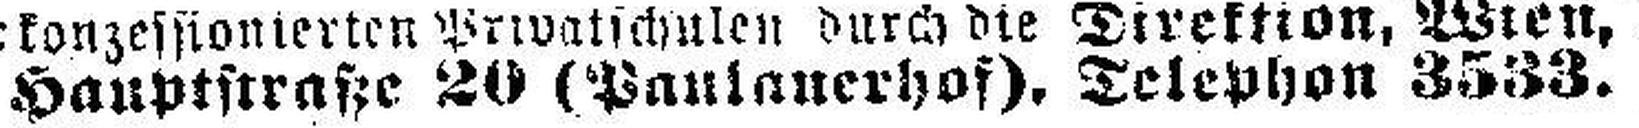
Hauptstraße 20 (Paulanerhof) Telephon 3533.